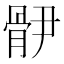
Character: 𩨫